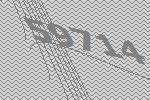
59714